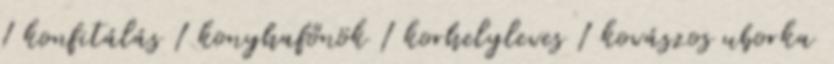
1 konfitálás 1 konyhafőnök 1 korhelyleves 1 kovászos uborka